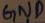
Text: GND